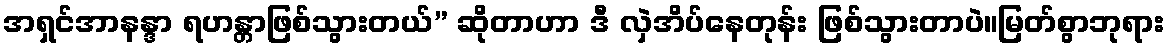
အရှင်အာနန္ဒာ ရဟန္တာဖြစ်သွားတယ်” ဆိုတာဟာ ဒီ လှဲအိပ်နေတုန်း ဖြစ်သွားတာပဲ။မြတ်စွာဘုရား